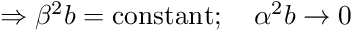
\Rightarrow \beta ^ { 2 } b = \mathrm { c o n s t a n t } ; \quad \alpha ^ { 2 } b \to 0